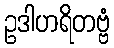
ဥဒါဟရိတဗ္ဗံ